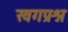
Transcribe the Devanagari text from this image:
खगप्रश्न